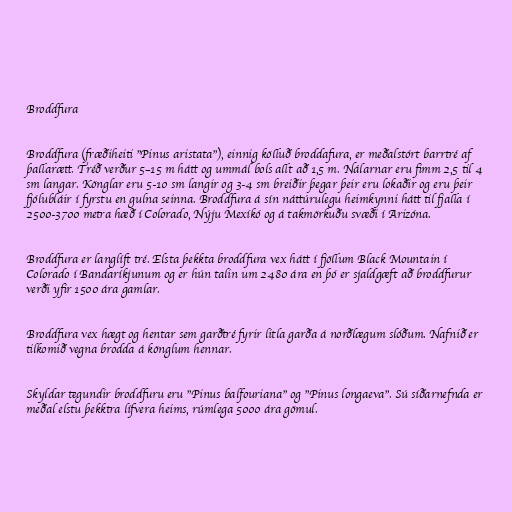
Broddfura

Broddfura (fræðiheiti "Pinus aristata"), einnig kölluð broddafura, er meðalstórt barrtré af
þallarætt. Tréð verður 5–15 m hátt og ummál bols allt að 1,5 m. Nálarnar eru fimm 2,5 til 4
sm langar. Könglar eru 5-10 sm langir og 3-4 sm breiðir þegar þeir eru lokaðir og eru þeir
fjólubláir í fyrstu en gulna seinna. Broddfura á sín náttúrulegu heimkynni hátt til fjalla í
2500-3700 metra hæð í Colorado, Nýju Mexíkó og á takmörkuðu svæði í Arizóna.

Broddfura er langlíft tré. Elsta þekkta broddfura vex hátt í fjöllum Black Mountain í
Colorado í Bandaríkjunum og er hún talin um 2480 ára en þó er sjaldgæft að broddfurur
verði yfir 1500 ára gamlar.

Broddfura vex hægt og hentar sem garðtré fyrir litla garða á norðlægum slóðum. Nafnið er
tilkomið vegna brodda á könglum hennar.

Skyldar tegundir broddfuru eru "Pinus balfouriana" og "Pinus longaeva". Sú síðarnefnda er
meðal elstu þekktra lífvera heims, rúmlega 5000 ára gömul.